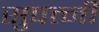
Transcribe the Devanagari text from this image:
सुपत्नी